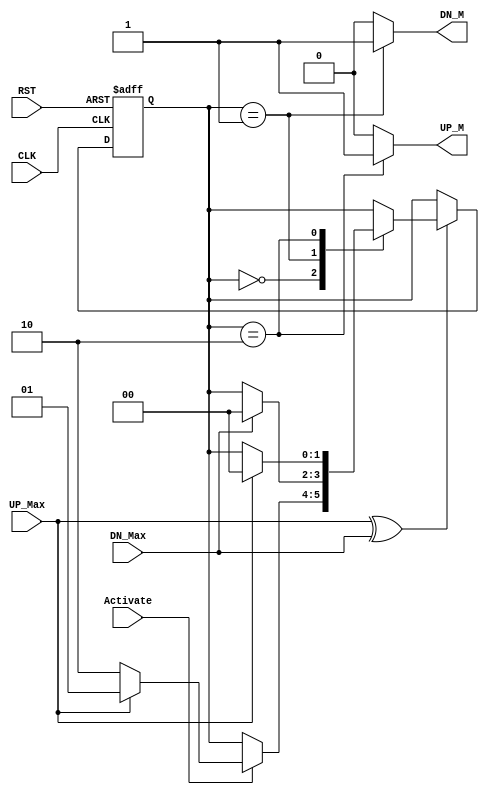
module AGDC ( //Automatic Garage Door Controller
    input UP_Max,DN_Max,Activate,CLK,RST,
    output reg UP_M,DN_M
);
    localparam IDLE = 2'b00,
               Mv_Dn = 2'b01,
               Mv_Up = 2'b10 ;
    reg [1:0] Next,Current;
    
    //State Transition
    always@(posedge CLK or negedge RST)
    begin
        if(!RST)
        begin
            Current<=0;
        end
        else
        begin
            Current<=Next;
        end
    end

    //Next State Logic
    always@(*)
    begin
        Next=Current;
        if((UP_Max^DN_Max)==1)
        begin
            case(Current)
            IDLE:
            begin
                if(Activate)
                begin
                    if(UP_Max)
                       Next = Mv_Dn;
                    else// if(DN_Max)
                       Next = Mv_Up;
                end
            end
            Mv_Dn:
            begin
                if(DN_Max)
                Next=IDLE;
            end
            Mv_Up:
            begin
                if(UP_Max)
                Next=IDLE;
            end
            endcase
        end 
    end
    
    
    //Output Logic
    always@(*)
    begin
        case(Current)
        IDLE:
        begin
            UP_M=0;
            DN_M=0;
        end
        Mv_Dn:
        begin
            UP_M=0;
            DN_M=1;
            end
        Mv_Up:
        begin
            UP_M=1;
            DN_M=0;
        end
        default:
        begin
            UP_M=0;
            DN_M=0;
        end
        endcase
    end
    
endmodule